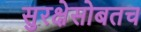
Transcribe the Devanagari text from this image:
सुरक्षेसोबतच